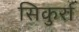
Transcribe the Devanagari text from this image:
सिकुर्रा